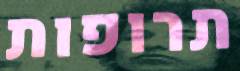
תרופות